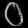
Digit: ၀